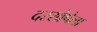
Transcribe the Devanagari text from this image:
दरखेपेला